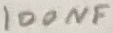
Text: 100NF